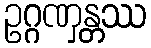
ဥဂ္ဂဏှန္တဿ